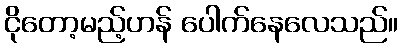
ငိုတော့မည့်ဟန် ပေါက်နေလေသည်။